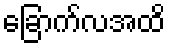
ခြောက်လအထိ